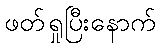
ဖတ်ရှုပြီးနောက်